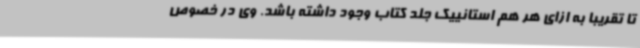
تا تقریبا به ازای هر هم استانییک جلد کتاب وجود داشته باشد. وی در خصوص